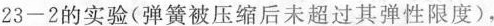
23-2的实验(弹簧被压缩后未超过其弹性限度)，